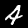
Digit: 4